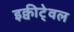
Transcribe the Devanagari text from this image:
इक्वीटे्वल